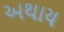
અથાય